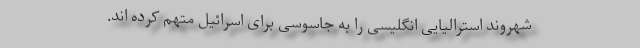
شهروند استرالیایی انگلیسی را به جاسوسی برای اسرائیل متهم کرده اند.